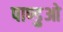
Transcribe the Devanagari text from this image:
पाण्डुओ